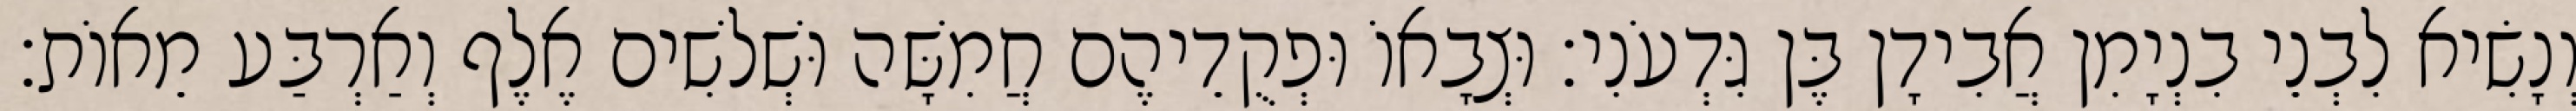
וְנָשִׂיא לִבְנֵי בִנְיָמִן אֲבִידָן בֶּן גִּדְעֹנִי׃ וּצְבָאוֹ וּפְקֻדֵיהֶם חֲמִשָּׁה וּשְׁלשִׁים אֶלֶף וְאַרְבַּע מֵאוֹת׃